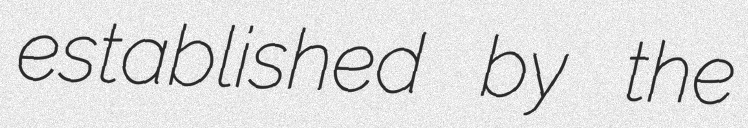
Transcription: established by the